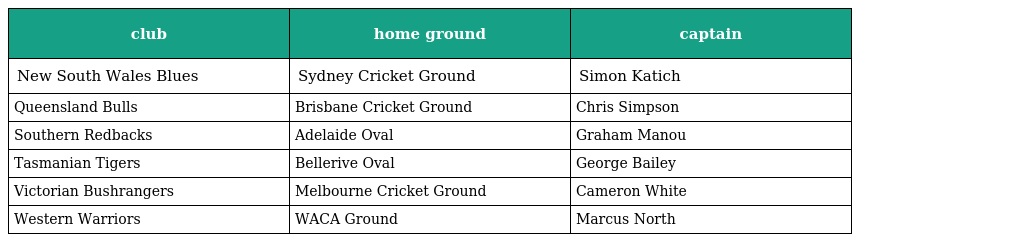
| club | home ground | captain |
 | --- | --- | --- |
 | New South Wales Blues | Sydney Cricket Ground | Simon Katich |
 | Queensland Bulls | Brisbane Cricket Ground | Chris Simpson |
 | Southern Redbacks | Adelaide Oval | Graham Manou |
 | Tasmanian Tigers | Bellerive Oval | George Bailey |
 | Victorian Bushrangers | Melbourne Cricket Ground | Cameron White |
 | Western Warriors | WACA Ground | Marcus North |